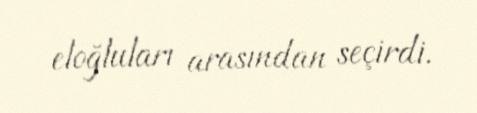
eloğluları arasından seçirdi.